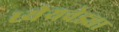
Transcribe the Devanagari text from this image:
ध्येेयवेड्या